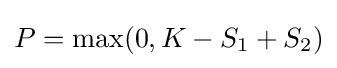
P=\max(0,K-S_{1}+S_{2})